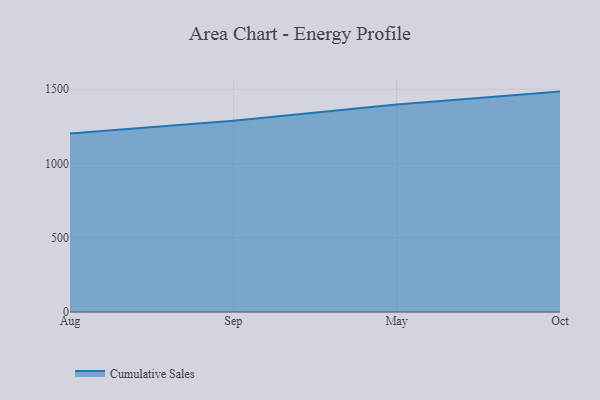
{"axis": {"x": "Month", "y": "Net Income (USD K)"}, "legend": ["Cumulative Sales"], "data": [{"x": "Aug", "y": 1201.4, "type": "Cumulative Sales"}, {"x": "Sep", "y": 1288.5, "type": "Cumulative Sales"}, {"x": "May", "y": 1398.3, "type": "Cumulative Sales"}, {"x": "Oct", "y": 1484.4, "type": "Cumulative Sales"}]}